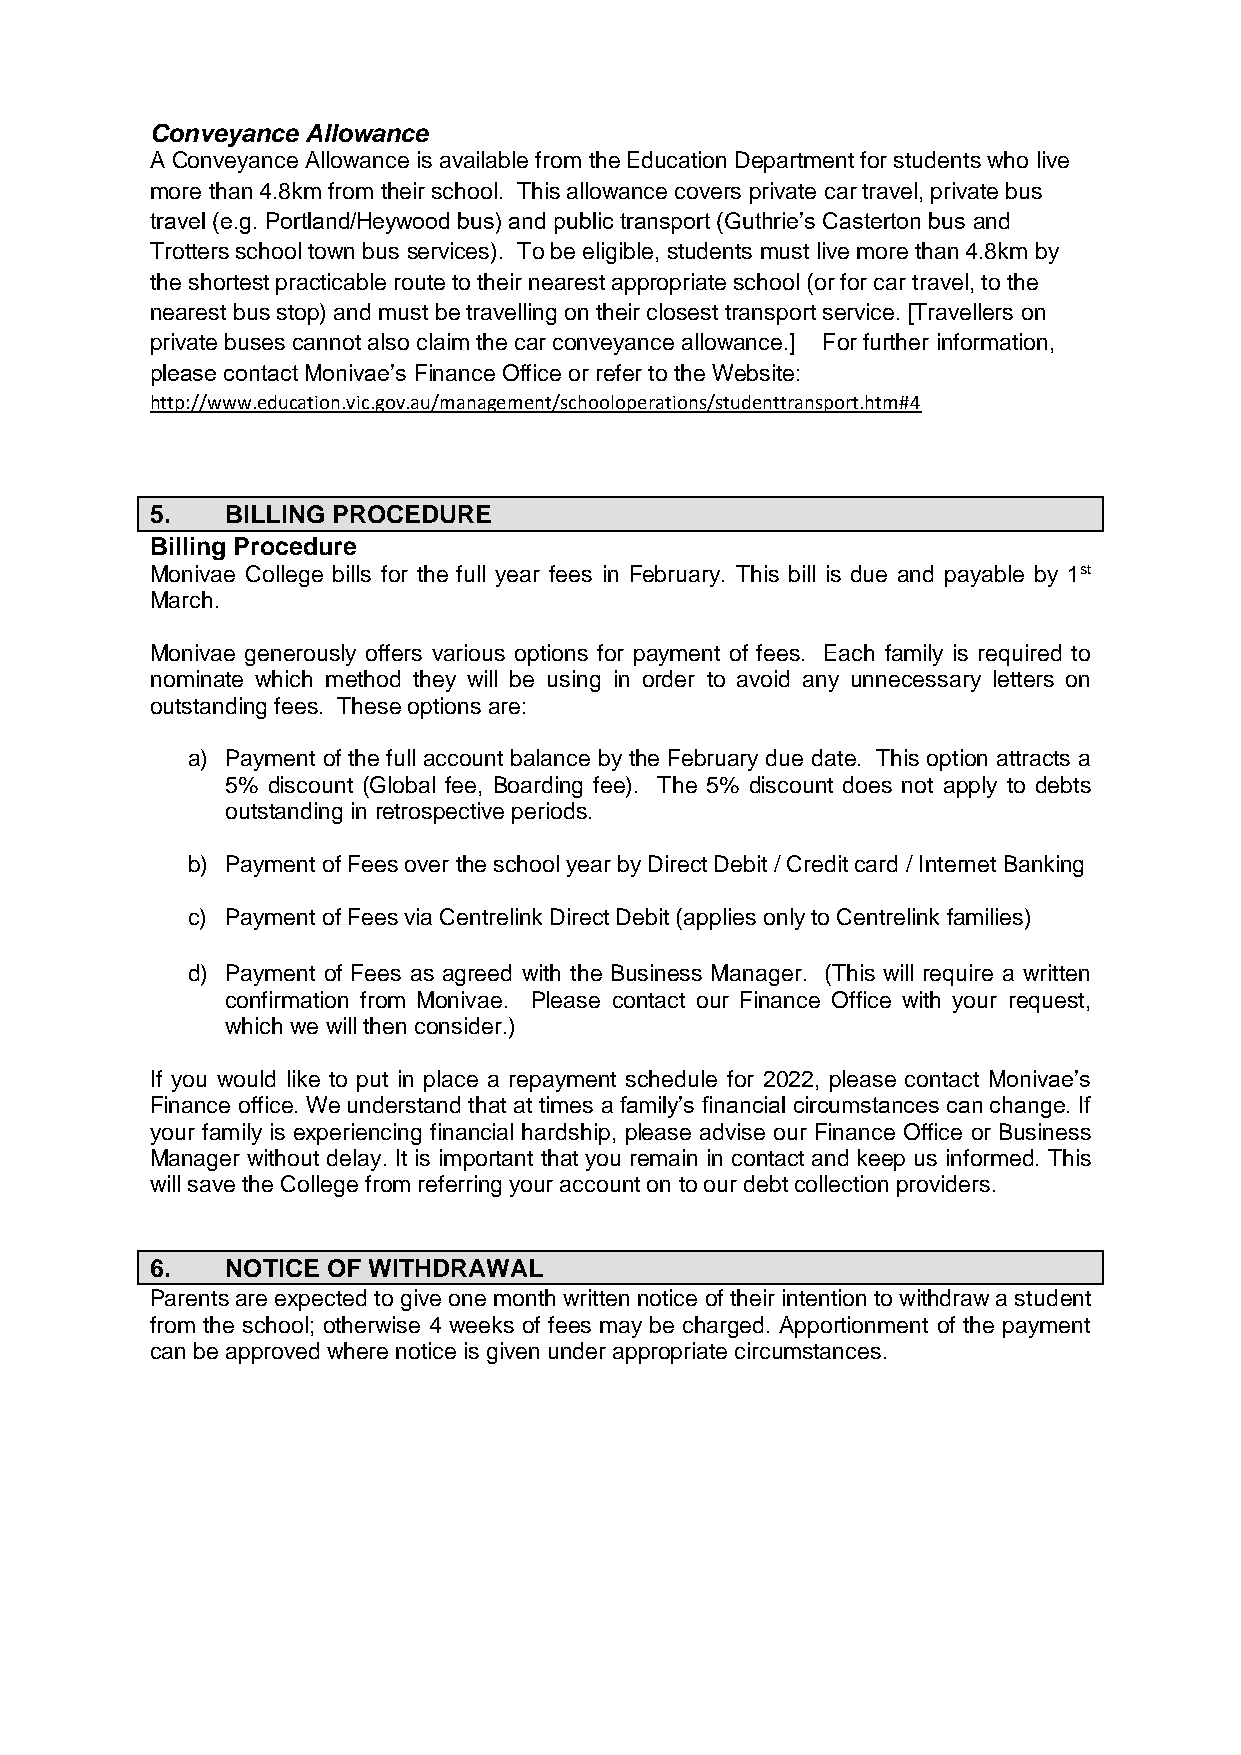
Conveyance Allowance
 A Conveyance Allowance is available from the Education Department for students who live
 more than 4.8km from their school. This allowance covers private car travel, private bus
 travel (e.g. Portland/Heywood bus) and public transport (Guthrie’s Casterton bus and
 Trotters school town bus services). To be eligible, students must live more than 4.8km by
 the shortest practicable route to their nearest appropriate school (or for car travel, to the
 nearest bus stop) and must be travelling on their closest transport service. [Travellers on
 private buses cannot also claim the car conveyance allowance.] For further information,
 please contact Monivae’s Finance Office or refer to the Website:
 http://www.education.vic.gov.au/management/schooloperations/studenttransport.htm#4
 5.   BILLING PROCEDURE
 Billing Procedure
 Monivae College bills for the full year fees in February. This bill is due and payable by 1st
 March.
 Monivae generously offers various options for payment of fees. Each family is required to
 nominate which method they will be using in order to avoid any unnecessary letters on
 outstanding fees. These options are:
 a) Payment of the full account balance by the February due date. This option attracts a
 5% discount (Global fee, Boarding fee). The 5% discount does not apply to debts
 outstanding in retrospective periods.
 b) Payment of Fees over the school year by Direct Debit / Credit card / Internet Banking
 c) Payment of Fees via Centrelink Direct Debit (applies only to Centrelink families)
 d) Payment of Fees as agreed with the Business Manager. (This will require a written
 confirmation from Monivae. Please contact our Finance Office with your request,
 which we will then consider.)
 If you would like to put in place a repayment schedule for 2022, please contact Monivae’s
 Finance office. We understand that at times a family’s financial circumstances can change. If
 your family is experiencing financial hardship, please advise our Finance Office or Business
 Manager without delay. It is important that you remain in contact and keep us informed. This
 will save the College from referring your account on to our debt collection providers.
 6.   NOTICE OF WITHDRAWAL
 Parents are expected to give one month written notice of their intention to withdraw a student
 from the school; otherwise 4 weeks of fees may be charged. Apportionment of the payment
 can be approved where notice is given under appropriate circumstances.